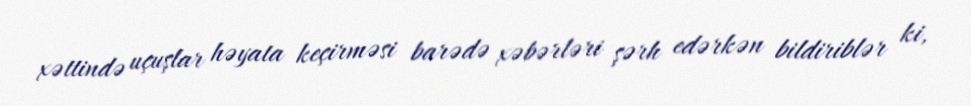
xəttində uçuşlar həyata keçirməsi barədə xəbərləri şərh edərkən bildiriblər ki,